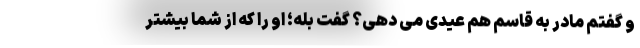
و گفتم مادر به قاسم هم عیدی می دهی؟ گفت بله؛ او را که از شما بیشتر